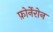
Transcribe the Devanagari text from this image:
फ़ोर्नेरोन